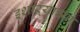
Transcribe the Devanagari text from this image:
इशाऱ्याच्या